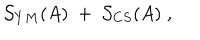
\mathcal { S } _ { Y M } ( A ) \; + \; \mathcal { S } _ { C S } ( A ) \; ,